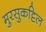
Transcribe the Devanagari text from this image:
मुरसुकट्टिल